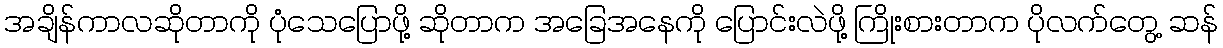
အချိန်ကာလဆိုတာကို ပုံသေပြောဖို့ ဆိုတာက အခြေအနေကို ပြောင်းလဲဖို့ ကြိုးစားတာက ပိုလက်တွေ့ ဆန်